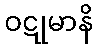
ဝဋုမာနိ